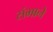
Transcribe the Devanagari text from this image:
संभाने